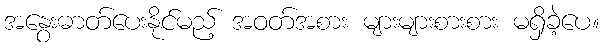
အနွေးဓာတ်ပေးနိုင်မည့် အဝတ်အစား များများစားစား မရှိခဲ့ပေ။